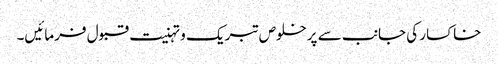
خاکسار کی جانب سے پرخلوص تبریک و تہنیت قبول فرمائیں۔